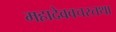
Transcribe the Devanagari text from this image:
महादेववचस्तथा